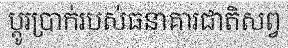
ប្តូរប្រាក់របស់ធនាគារជាតិសព្វ